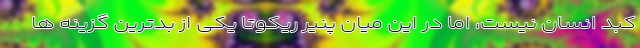
کبد انسان نیست، اما در این میان پنیر ریکوتا یکی از بدترین گزینه ها